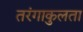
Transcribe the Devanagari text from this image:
तरंगाकुलता